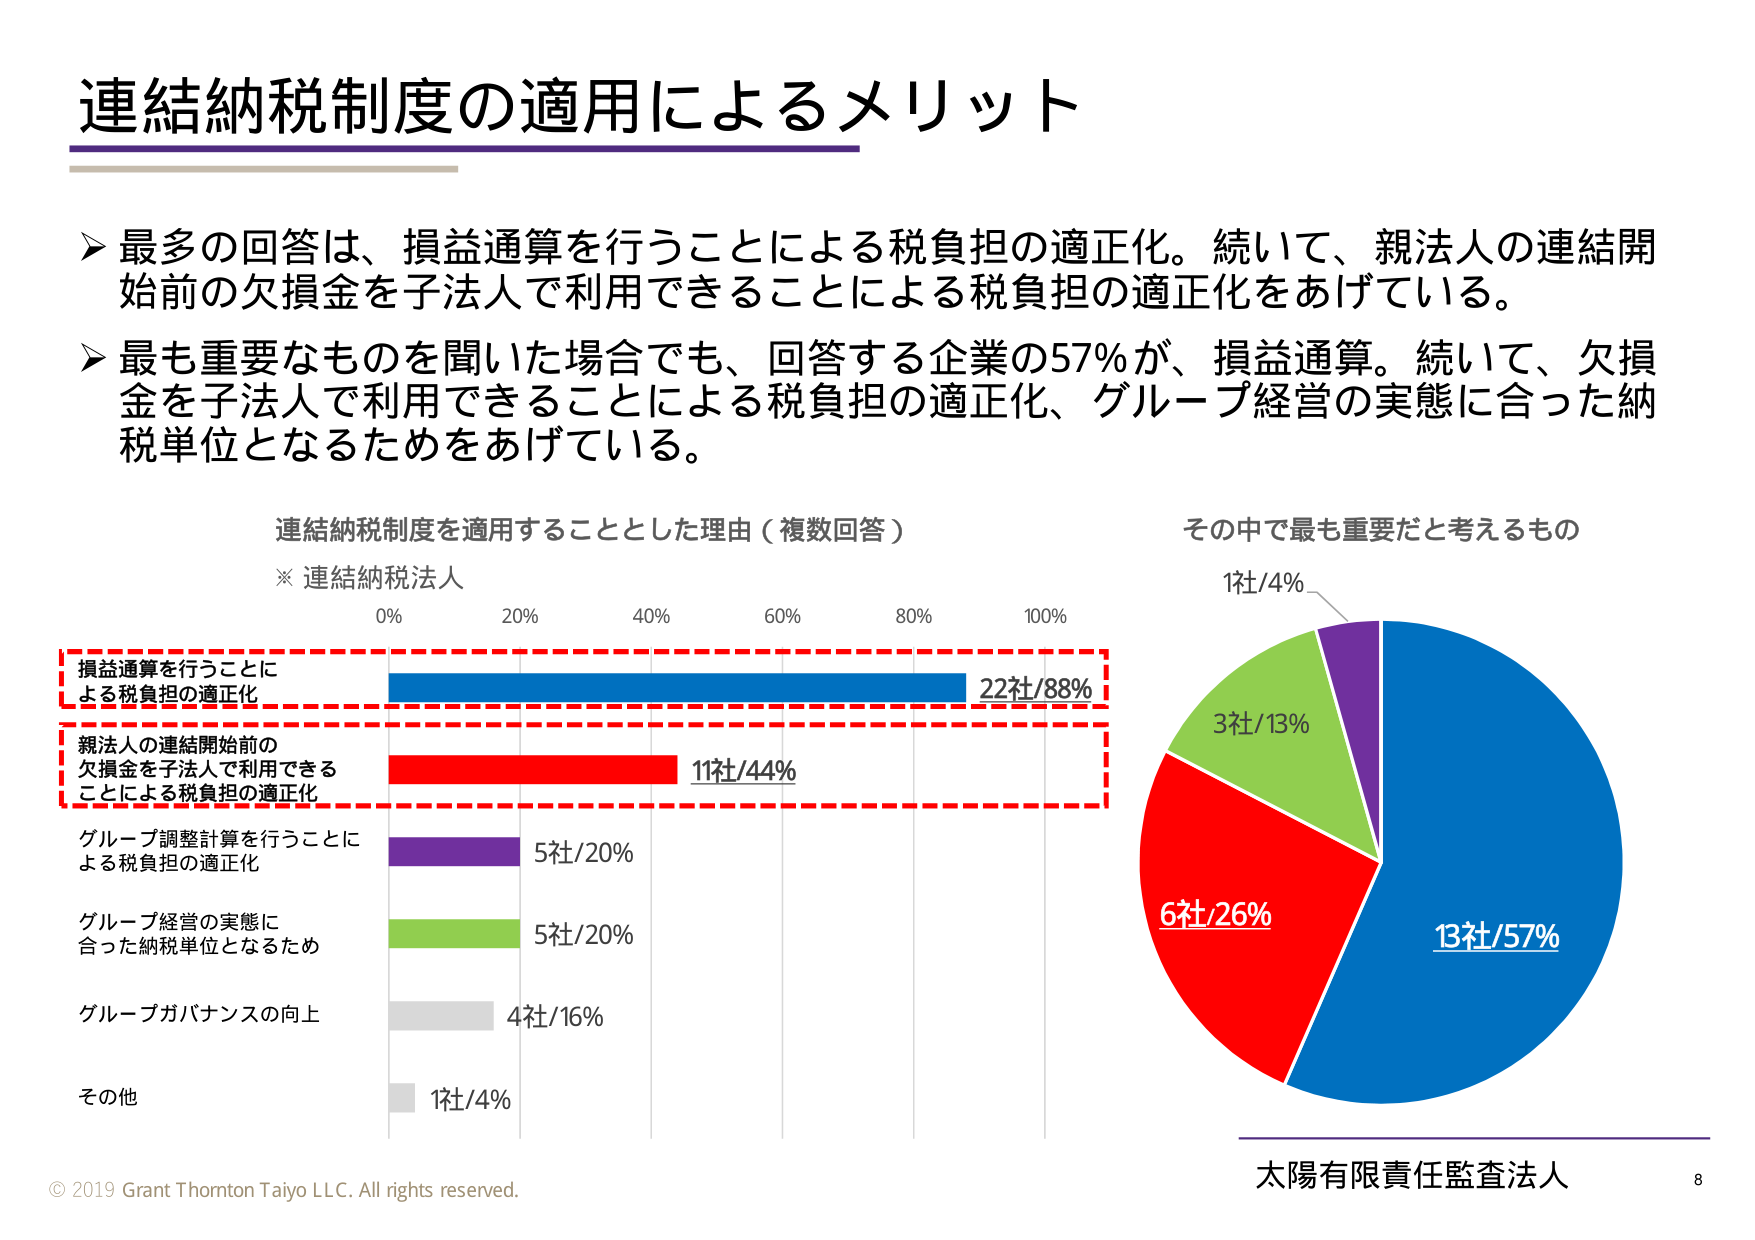
連結納税制度の適用によるメリット

➤ 最多の回答は、損益通算を行うことによる税負担の適正化。続いて、親法人の連結開始前の欠損金を子法人で利用できることによる税負担の適正化をあげている。

➤ 最も重要なものを聞いた場合でも、回答する企業の57％が、損益通算。続いて、欠損金を子法人で利用できることによる税負担の適正化、グループ経営の実態に合った納税単位となるためをあげている。

連結納税制度を適用することとした理由（複数回答）
※ 連結納税法人

0% 20% 40% 60% 80% 100%

損益通算を行うことによる税負担の適正化 22社/88%
親法人の連結開始前の欠損金を子法人で利用できることによる税負担の適正化 11社/44%
グループ調整計算を行うことによる税負担の適正化 5社/20%
グループ経営の実態に合った納税単位となるため 5社/20%
グループガバナンスの向上 4社/16%
その他 1社/4%

その中で最も重要だと考えるもの

1社/4%
3社/13%
6社/26%
13社/57%

© 2019 Grant Thornton Taiyo LLC. All rights reserved.
太陽有限責任監査法人 8